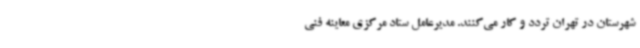
شهرستان در تهران تردد و کار می‌کنند. مدیرعامل ستاد مرکزی معاینه فنی